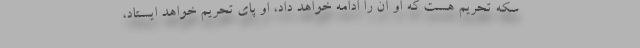
سکه تحریم هست که او آن را ادامه خواهد داد، او پای تحریم خواهد ایستاد،